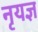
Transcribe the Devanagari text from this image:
नृयज्ञ